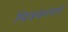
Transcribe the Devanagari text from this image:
चित्रकलाएँ